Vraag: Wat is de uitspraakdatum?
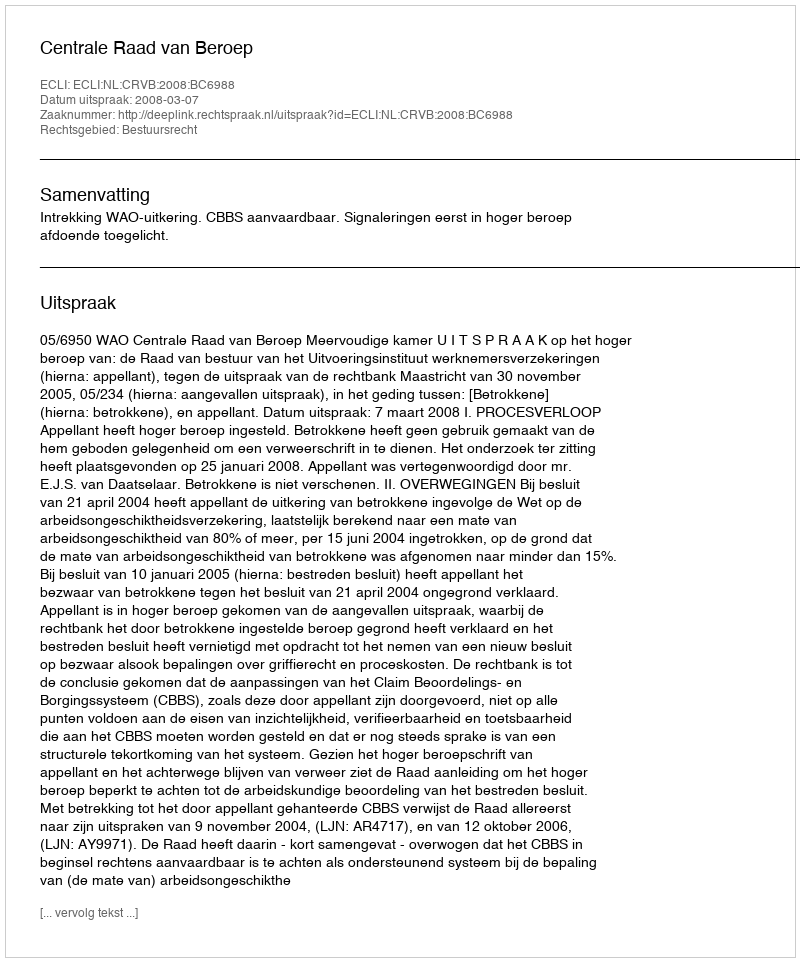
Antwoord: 2008-03-07